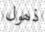
ذھول